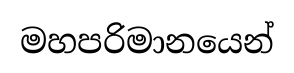
මහපරිමානයෙන්